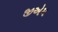
જીએમ